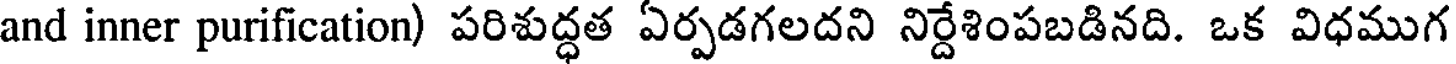
and inner purification) పరిశుద్ధత ఏర్పడగలదని నిర్దేశింపబడినది. ఒక విధముగ